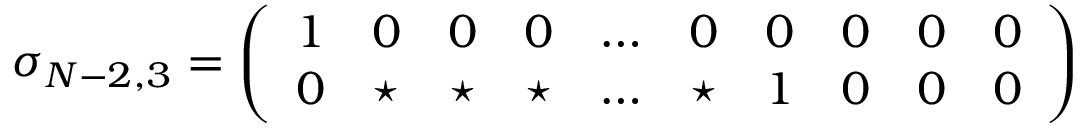
\sigma _ { N - 2 , 3 } = \left( \begin{array} { c c c c c c c c c c } { { 1 } } & { { 0 } } & { { 0 } } & { { 0 } } & { { \ldots } } & { { 0 } } & { { 0 } } & { { 0 } } & { { 0 } } & { { 0 } } \\ { { 0 } } & { { \star } } & { { \star } } & { { \star } } & { { \ldots } } & { { \star } } & { { 1 } } & { { 0 } } & { { 0 } } & { { 0 } } \end{array} \right)